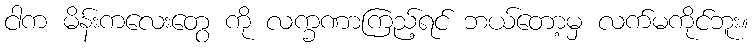
ငါက မိန်းကလေးတွေ ကို လက္ခဏာကြည့်ရင် ဘယ်တော့မှ လက်မကိုင်ဘူး။